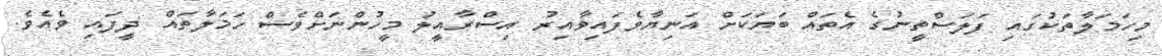
މިހަމަލާތަކުގައި ފަލަސްތީނުގެ އެތައް ބަޔަކަށް އަނިޔާވެފައިވާއިރު އިސްރާއީލު މީހުންނަށްވެސް ހަމަލާތައް ދީފައި ވެއެވެ.